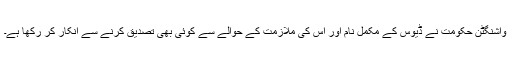
واشنگٹن حکومت نے ڈیوس کے مکمل نام اور اس کی ملازمت کے حوالے سے کوئی بھی تصدیق کرنے سے انکار کر رکھا ہے۔